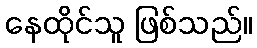
နေထိုင်သူ ဖြစ်သည်။